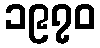
၁၉၇၀